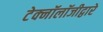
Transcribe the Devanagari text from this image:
टेक्‍नॉलॉजीद्वारे